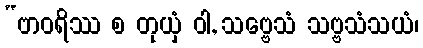
“ဗာဝရိဿ စ တုယှံ ဝါ, သဗ္ဗေသံ သဗ္ဗသံသယံ၊